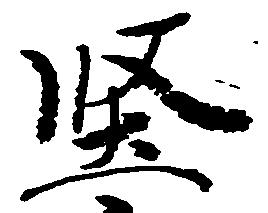
堅